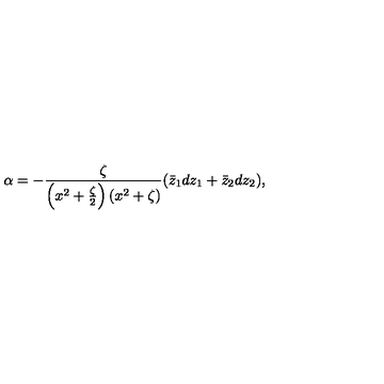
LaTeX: \alpha = - { \frac { \zeta } { \left( x ^ { 2 } + { \frac { \zeta } { 2 } } \right) \left( x ^ { 2 } + \zeta \right) } } ( \bar { z } _ { 1 } d z _ { 1 } + \bar { z } _ { 2 } d z _ { 2 } ) ,